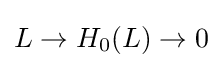
L\to H_{0}(L)\to 0